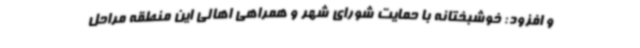
و افزود: خوشبختانه با حمایت شورای شهر و همراهی اهالی این منطقه مراحل